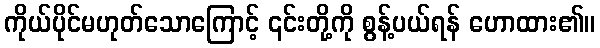
ကိုယ်ပိုင်မဟုတ်သောကြောင့် ၎င်းတို့ကို စွန့်ပယ်ရန် ဟောထား၏။